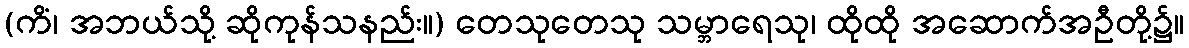
(ကိံ၊ အဘယ်သို့ ဆိုကုန်သနည်း။) တေသုတေသု သမ္ဘာရေသု၊ ထိုထို အဆောက်အဦတို့၌။